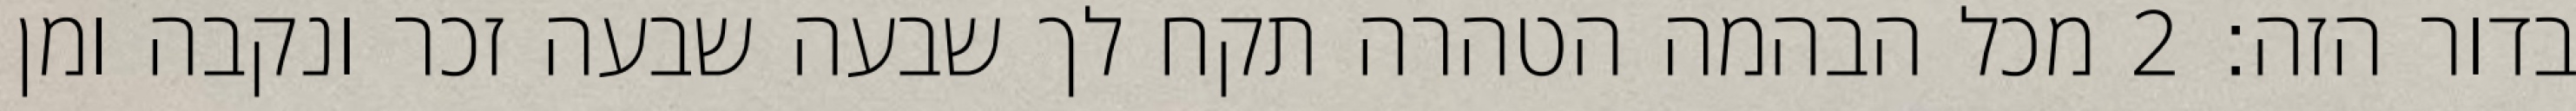
בדור הזה׃ ‎2‏ מכל הבהמה הטהרה תקח לך שבעה שבעה זכר ונקבה ומן